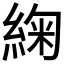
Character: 𮈜